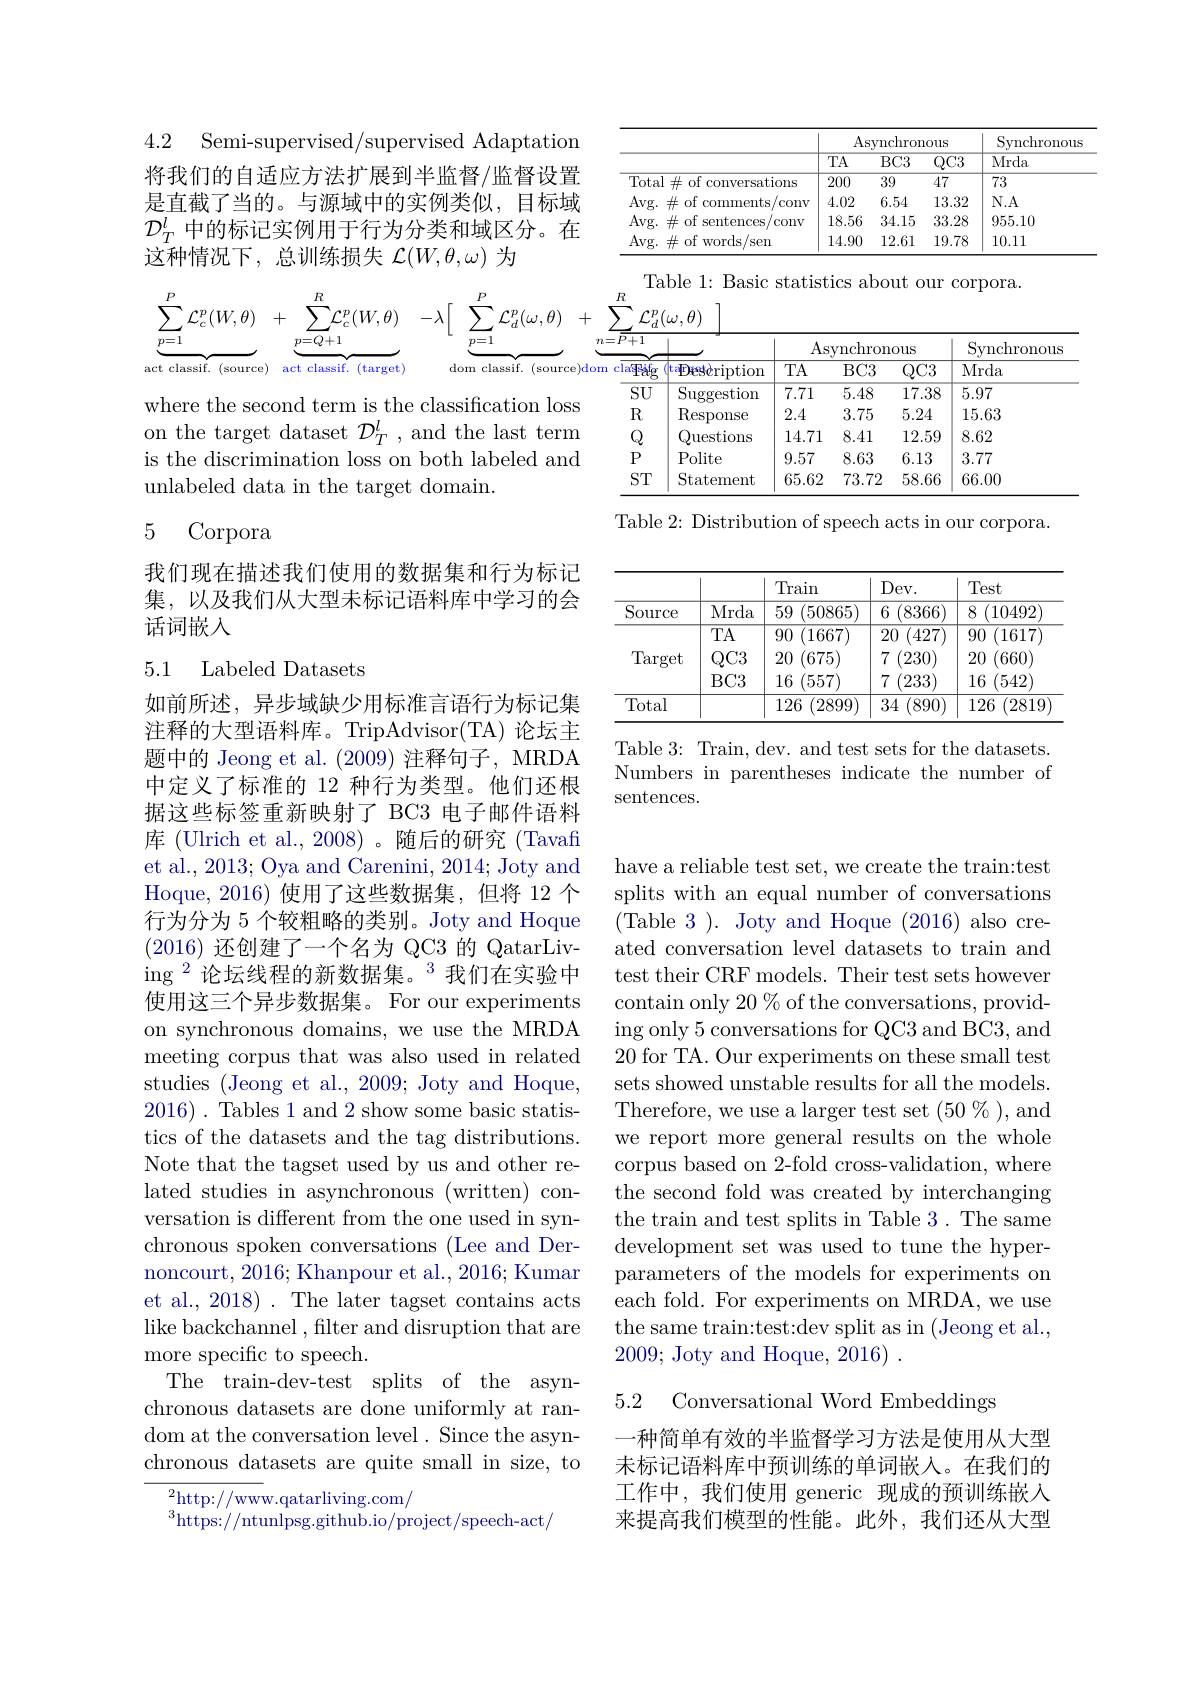
4.2 Semi-supervised/supervised Adaptation

<table>
	<tbody>
		<tr>
			<th> </th>
			<th colspan="3">Asynchronous</th>
			<th rowspan="2">Synchronous Mrda</th>
		</tr>
		<tr>
			<th> </th>
			<th>$TA$</th>
			<th>$BC3$</th>
			<th>$QC3$</th>
		</tr>
		<tr>
			<td>Total$\#$of conversations</td>
			<td>200</td>
			<td>39</td>
			<td>47</td>
			<td>73</td>
		</tr>
		<tr>
			<td>Avg. $\#$ of comments/conv</td>
			<td>4.02</td>
			<td>6.54</td>
			<td>13.32</td>
			<td>N. A</td>
		</tr>
		<tr>
			<td>Avg. $\#$ of sentences s/conv</td>
			<td>18.56</td>
			<td>34.15</td>
			<td>33.28</td>
			<td>955.10</td>
		</tr>
		<tr>
			<td>Avg. $\#$ of words/ sen</td>
			<td>14.90</td>
			<td>12.61</td>
			<td>19.78</td>
			<td>10.11</td>
		</tr>
	</tbody>
</table>

将我们的自适应方法扩展到半监督/监督设置是直截了当的。与源域中的实例类似，目标域$\mathcal{D}_T^l$中的标记实例用于行为分类和域区分。在$\bar{\text{这种情况下，总训练损失 }\mathcal{L}}(W,\theta,\omega)$为
$$\begin{aligned}\text{Table 1:}\\\underbrace{p=1}_{\text{act classif. (source)}}+\underbrace{\sum_{p=Q+1}^{R}\mathcal{L}_{c}^{p}(W,\theta)}_{\text{act classif. (target)}}-\lambda\Big[\underbrace{\sum_{p=1}^{P}\mathcal{L}_{d}^{p}(\omega,\theta)}_{\text{dom classif. (source)dom clafalg (t-Des)ch}}\Big]\end{aligned}$$
<table>
	<tbody>
		<tr>
			<th rowspan="2">十 1 $\overrightarrow{\text{Pafg}}$</th>
			<th rowspan="2">$t$aEescription</th>
			<th colspan="3">Asynchronous</th>
			<th rowspan="2">Synchronous Mrda</th>
		</tr>
		<tr>
			<th>$TA$</th>
			<th>$BC3$</th>
			<th>$QC3$</th>
		</tr>
		<tr>
			<td>$\overline{\mathrm{SU}}$</td>
			<td>Suggestion</td>
			<td>7.71</td>
			<td>5.48</td>
			<td>17.38</td>
			<td>5.97</td>
		</tr>
		<tr>
			<td>$R$</td>
			<td>$\operatorname{Response}$</td>
			<td>2.4</td>
			<td>3.75</td>
			<td>5.24</td>
			<td>15.63</td>
		</tr>
		<tr>
			<td>$Q$</td>
			<td>Questions</td>
			<td>14.71</td>
			<td>8.41</td>
			<td>12.59</td>
			<td>8.62</td>
		</tr>
		<tr>
			<td>$P$</td>
			<td>Polite</td>
			<td>9.57</td>
			<td>8.63</td>
			<td>6.13</td>
			<td>3.77</td>
		</tr>
		<tr>
			<td>ST</td>
			<td>Statement</td>
			<td>65.62</td>
			<td>73.72</td>
			<td>58.66</td>
			<td>66.00</td>
		</tr>
	</tbody>
</table>

where the second term is the classification loss on the target dataset $\mathcal{D}_T^l$, and the last term is the discrimination loss on both labeled and unlabeled data in the target domain.

Table 2: Distribution of speech acts in our corpora.

5 Corpora

我们现在描述我们使用的数据集和行为标记集，以及我们从大型未标记语料库中学习的会话词嵌人

<table>
	<tbody>
		<tr>
			<th> </th>
			<th> </th>
			<th>Train</th>
			<th>$Dev.$</th>
			<th>Test</th>
		</tr>
		<tr>
			<td>Source</td>
			<td>Mrda</td>
			<td>59 (50865)</td>
			<td>(8366 6</td>
			<td>8 10492 </td>
		</tr>
		<tr>
			<td rowspan="3">Target</td>
			<td>$TA$</td>
			<td>(1667) 90</td>
			<td>20 427</td>
			<td>90 (1617)</td>
		</tr>
		<tr>
			<td>$QC3$</td>
			<td>20 (675)</td>
			<td>230 7</td>
			<td>20 (660)</td>
		</tr>
		<tr>
			<td>$BC3$</td>
			<td>16 (557)</td>
			<td>233</td>
			<td>16 (542)</td>
		</tr>
		<tr>
			<td>Total</td>
			<td> </td>
			<td>126 (2899)</td>
			<td>34 (890)</td>
			<td>126 (2819</td>
		</tr>
	</tbody>
</table>

### 5.1 Labeled Datasets

Table 3: Train, dev. and test sets for the datasets. Numbers in parentheses indicate the number of sentences.

如前所述，异步域缺少用标准言语行为标记集注释的大型语料库。TripAdvisor(TA)论坛主题中的 Jeong et al. (2009)注释句子，MRDA 中定义了标准的 12 种行为类型。他们还根据这些标签重新映射了 BC3 电子邮件语料库 (Ulrich et al., 2008) 。随后的研究 (Tavafi et al., 2013; Oya and Carenini, 2014; Joty and Hoque,2016) 使用了这些数据集，但将 12 个行为分为 5 个较粗略的类别。Joty and Hoque (2016)还创建了一个名为 QC3 的 QatarLiv- $\operatorname{ing}^2$论坛线程的新数据集。$^3$我们在实验中使用这三个异步数据集。For our experiments on synchronous domains, we use the MRDA meeting corpus that was also used in related studies (Jeong et al., 2009; Joty and Hoque, 2016). Tables 1 and 2 show some basic statistics of the datasets and the tag distributions. Note that the tagset used by us and other related studies in asynchronous (written) conversation is different from the one used in synchronous spoken conversations (Lee and Dernoncourt, 2016; Khanpour et al., 2016; Kumar et al., 2018) . The later tagset contains acts like backchannel ,filter and disruption that are more specific to speech.
The train-dev-test splits of the asynchronous datasets are done uniformly at random at the conversation level. Since the asynchronous datasets are quite small in size, to $^{2}$http://www.qatarliving.com/

have a reliable test set, we create the train:test splits with an equal number of conversations (Table 3). Joty and Hoque (2016) also created conversation level datasets to train and test their CRF models. Their test sets however contain only 20% of the conversations, providing only 5 conversations for QC3 and BC3, and 20 for TA. Our experiments on these small test sets showed unstable results for all the models. Therefore, we use a larger test set (50 %), and we report more general results on the whole corpus based on 2-fold cross-validation, where the second fold was created by interchanging the train and test splits in Table 3. The same development set was used to tune the hyperparameters of the models for experiments on each fold. For experiments on MRDA, we use the same train:test:dev split as in (Jeong et al., 2009; Joty and Hoque, 2016) .

5.2 Conversational Word Embeddings

-种简单有效的半监督学习方法是使用从大型未标记语料库中预训练的单词嵌入。在我们的工作中，我们使用 generic 现成的预训练嵌入来提高我们模型的性能。此外，我们还从大型

$^{3}$https://ntunlpsg.github.io/project/speech-act/

Table 1: Basic statistics about our corpora.